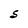
Character: S